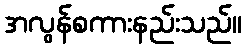
အလွန်စကားနည်းသည်။